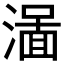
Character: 𱨭